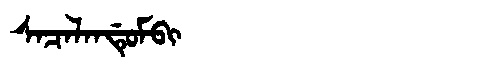
Manchu: ᠰᠠᠴᠠᠯᠠᠨᡩᡠᠮᠪᡳ
Romanization: SACALANDUMBI